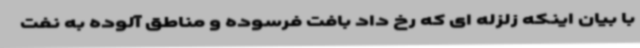
با بیان اینکه زلزله ای که رخ داد بافت فرسوده و مناطق آلوده به نفت